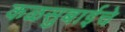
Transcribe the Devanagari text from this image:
कळसुबाईचे